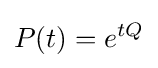
P(t)=e^{tQ}